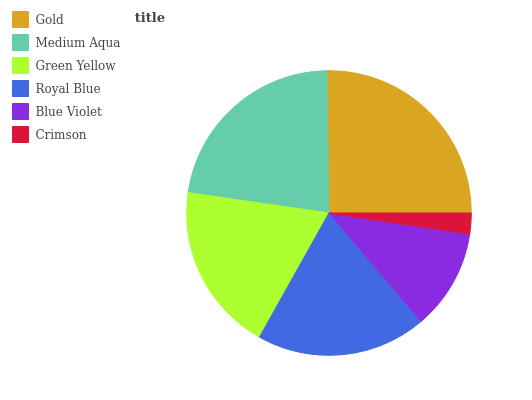
| Gold | Medium Aqua | Green Yellow | Royal Blue | Blue Violet | Crimson |
 | --- | --- | --- | --- | --- | --- |
 | 25.3% | 22.5% | 19.1% | 19.3% | 11.4% | 2.37% |